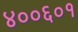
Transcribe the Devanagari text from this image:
४००६०१